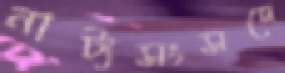
নাট্যসংসদে